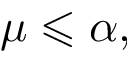
\mu \leqslant \alpha ,